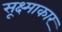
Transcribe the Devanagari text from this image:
सूक्ष्माकार